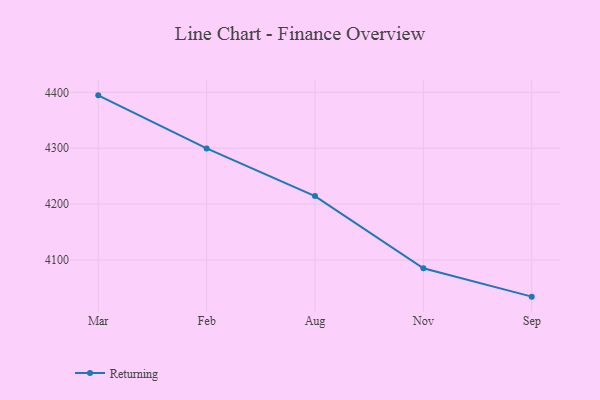
{"axis": {"x": "Month", "y": "Energy Usage (MWh)"}, "legend": ["Returning"], "data": [{"x": "Mar", "y": 4394.6, "type": "Returning"}, {"x": "Feb", "y": 4299.6, "type": "Returning"}, {"x": "Aug", "y": 4214.3, "type": "Returning"}, {"x": "Nov", "y": 4085.2, "type": "Returning"}, {"x": "Sep", "y": 4034.4, "type": "Returning"}]}